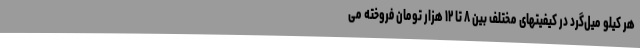
هر کیلو میل‌گرد در کیفیتهای مختلف بین ۸ تا ۱۲ هزار تومان فروخته می